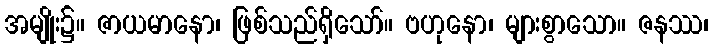
အမျိုး၌။ ဇာယမာနော၊ ဖြစ်သည်ရှိသော်။ ဗဟုနော၊ များစွာသော။ ဇနဿ၊